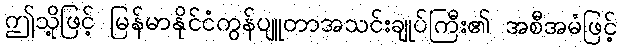
ဤသို့ဖြင့် မြန်မာနိုင်ငံကွန်ပျူတာအသင်းချုပ်ကြီး၏ အစီအမံဖြင့်